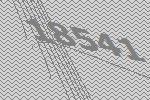
18541